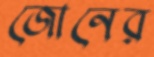
জোনের